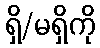
ရှိ/မရှိကို